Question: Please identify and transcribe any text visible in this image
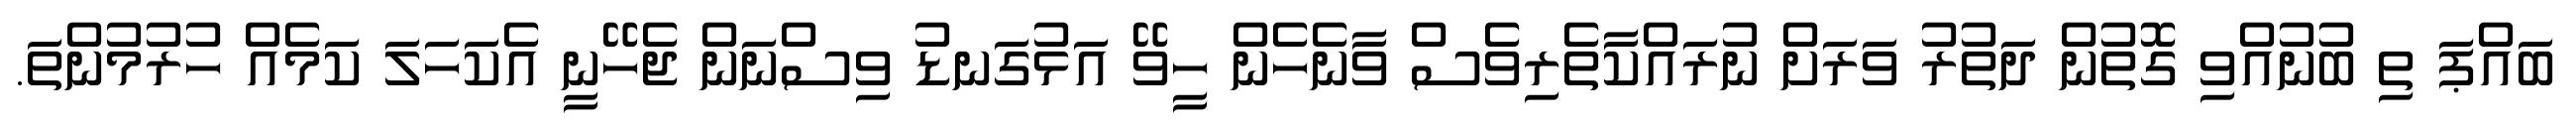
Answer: ބައްޕަ ތި ބުނުއްވި ގޮތުން ދަތުރު ވަރަށް ނުރައްކާތެރިވެސް ވާނެހެން ހީވޭ އަޅުގަނޑު ވިސްނަން ޖެހޭނީ އެކަހަލަ ކަމެއް ހުރުމުންތަ.